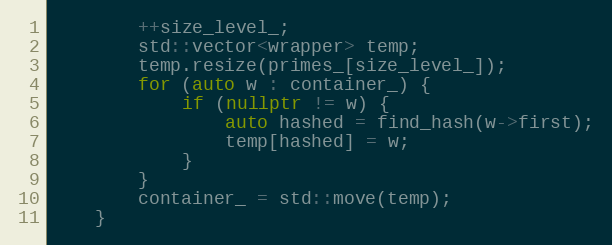
Language: C++
        ++size_level_;
        std::vector<wrapper> temp;
        temp.resize(primes_[size_level_]);
        for (auto w : container_) {
            if (nullptr != w) {
                auto hashed = find_hash(w->first);
                temp[hashed] = w;
            }
        }
        container_ = std::move(temp);
    }